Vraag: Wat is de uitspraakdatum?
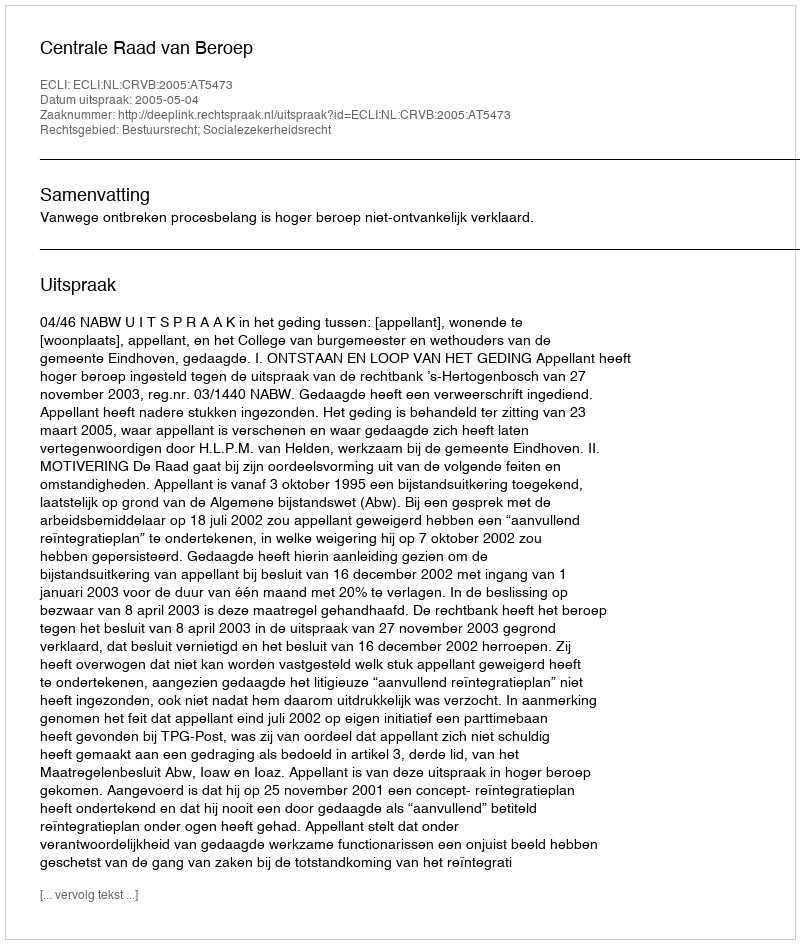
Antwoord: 2005-05-04